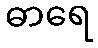
ဓာရေ